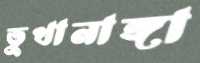
ভুখানাঙ্গা